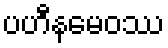
ပဟီနမေဝဿ